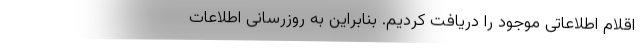
اقلام اطلاعاتی موجود را دریافت کردیم. بنابراین به روزرسانی اطلاعات